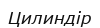
Цилиндір